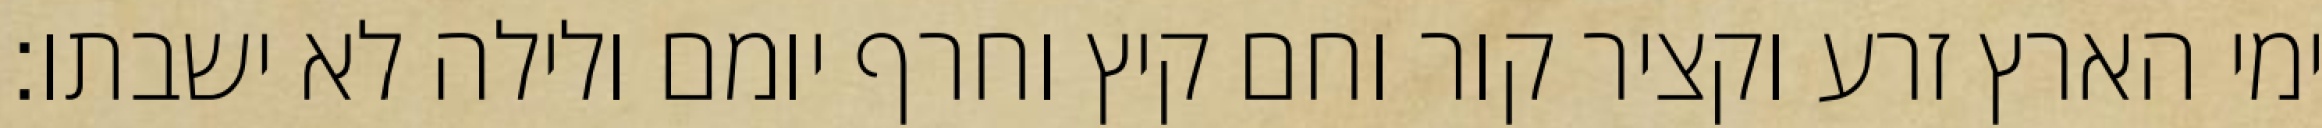
ימי הארץ זרע וקציר קור וחם קיץ וחרף יומם ולילה לא ישבתו׃